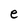
Character: e